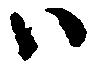
ハ